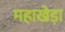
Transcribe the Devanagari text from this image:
महाखेड़ा